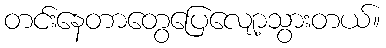
တင်းနေတာတွေပြေလျော့သွားတယ်။